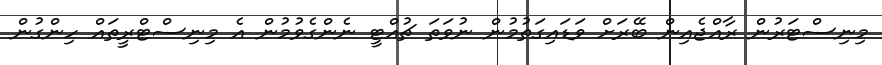
މިނިސްޓަރުން ރާއްޖެއިން ބޭރަށް ވަޑައިގަތުމުން ނުވަތަ ޗުއްޓީ ނެންގެވުމުން އެ މިނިސްޓްރީތައް ހިންގުން